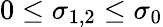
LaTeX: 0\leq\sigma_{1,2}\leq\sigma_{0}